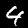
Label: 4